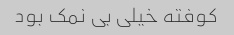
کوفته خیلی بی نمک بود